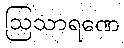
ဩသာရဏေ